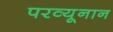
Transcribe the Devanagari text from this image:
परव्यूनान